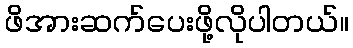
ဖိအားဆက်ပေးဖို့လိုပါတယ်။